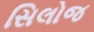
સિલોજ